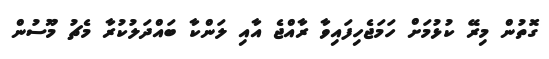
ގޮތުން މިރޭ ކުޅުމަށް ހަމަޖެހިފައިވާ ރާއްޖެ އާއި ލަންކާ ބައްދަލުކުރާ މެޗު މޫސުން